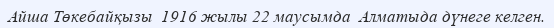
Айша Төкебайқызы  1916 жылы 22 маусымда  Алматыда дүнеге келген.